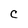
Character: C